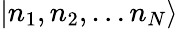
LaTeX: \left|n_{1},n_{2},\dots n_{N}\right>